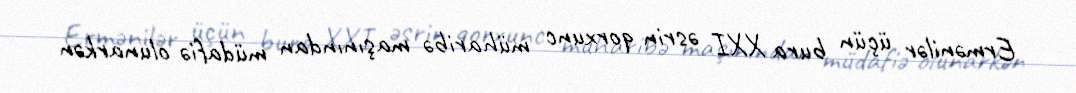
Ermənilər üçün bura XXI əsrin qorxunc müharibə maşınından müdafiə olunarkən